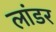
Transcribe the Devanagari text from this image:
लांडर